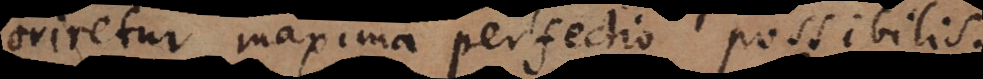
oriretur maxima perfectio possibilis.